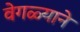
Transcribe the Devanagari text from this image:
वेगळ्याने